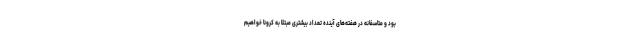
بود و متاسفانه در هفته‌های آینده تعداد بیشتری مبتلا به کرونا خواهیم